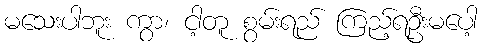
မသေးပါဘူး ကွာ၊ ငါ့တူ စွမ်းရည် ကြည့်ရဦးမပေါ့